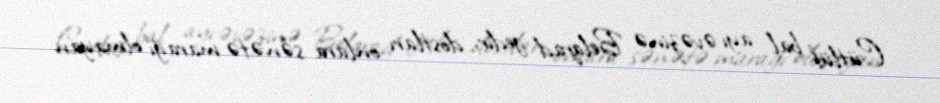
Cütlük bal ayı əvəzinə Belqrad gedir, dostları onlara sənətə marağı olmayan